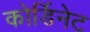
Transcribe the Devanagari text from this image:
कोर्डिनेट